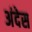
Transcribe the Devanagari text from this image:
अंदेस